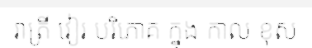
រាត្រី វៀរ បរិភោគ ក្នុង កាល ខុស